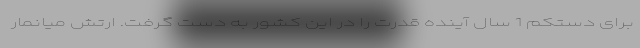
برای دستکم 1 سال آینده قدرت را در این کشور به دست گرفت. ارتش میانمار